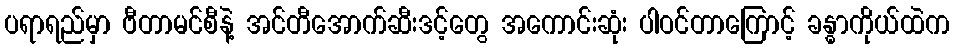
ပရာရည်မှာ ဗီတာမင်စီနဲ့ အင်တီအောက်ဆီးဒင့်တွေ အကောင်းဆုံး ပါဝင်တာကြောင့် ခန္ဓာကိုယ်ထဲက